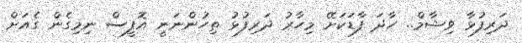
ދަރިފުޅާ ވިޝާމް.. ހާދަ ފާޑަކަށޭ މިހާރު ދަރިފުޅު ތިހުންނަނީ އޮފީސް ނިމިގެން ގެއަށް